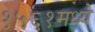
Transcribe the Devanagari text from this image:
१५६१मध्ये